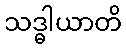
သဒ္ဓါယာတိ